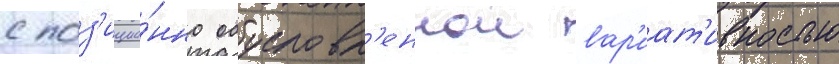
с поз'ицио́нно обусловл'еннои вар'иат'ивностью